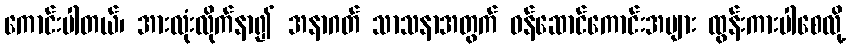
ကောင်းပါတယ်၊ အားလုံးလိုက်နာ၍ အနာဂတ် သာသနာအတွက် ဝန်ဆောင်ကောင်းအများ ထွန်းကားပါစေလို့